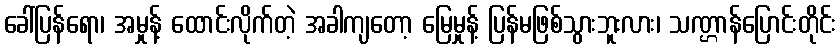
ခေါ်ပြန်ရော၊ အမှုန့် ထောင်းလိုက်တဲ့ အခါကျတော့ မြေမှုန့် ပြန်မဖြစ်သွားဘူးလား၊ သဏ္ဌာန်ပြောင်းတိုင်း